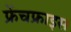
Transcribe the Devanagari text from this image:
फ्रेंचफ्राइस